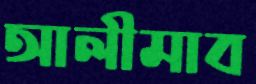
আলীমাব